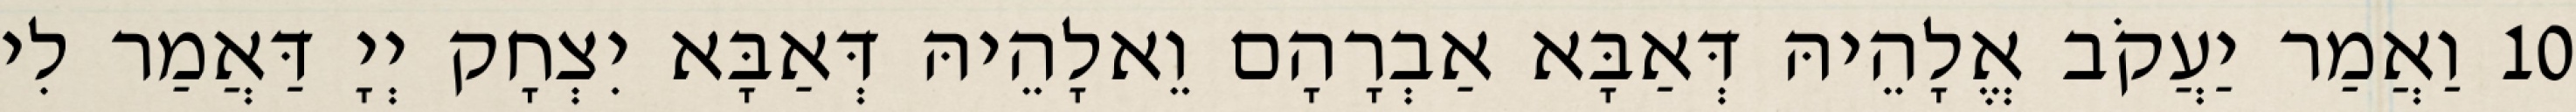
10 וַאֲמַר יַעֲקֹב אֱלָהֵיהּ דְּאַבָּא אַבְרָהָם וֵאלָהֵיהּ דְּאַבָּא יִצְחָק יְיָ דַּאֲמַר לִי